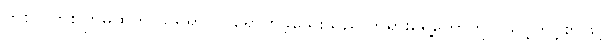
တစ်လတစ်ကြိမ်ထုတ် သူရှိရာ ဝင်ရောက်ခဲ့သေးသည် ဘုရားရှေ့တော်တွင် သင့်တင့်စွာဖြင့်